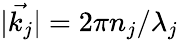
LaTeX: |\vec{k_{j}}|=2\pi n_{j}/\lambda_{j}